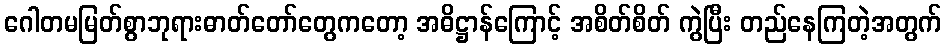
ဂေါတမမြတ်စွာဘုရားဓာတ်တော်တွေကတော့ အဓိဋ္ဌာန်ကြောင့် အစိတ်စိတ် ကွဲပြီး တည်နေကြတဲ့အတွက်